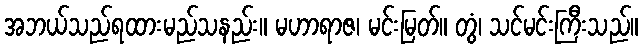
အဘယ်သည်ရထားမည်သနည်း။ မဟာရာဇ၊ မင်းမြတ်။ တွံ၊ သင်မင်းကြီးသည်။